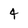
Character: 4